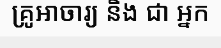
គ្រូឤចារ្យ និង ជា អ្នក